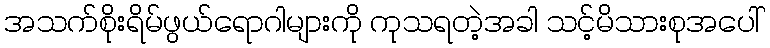
အသက်စိုးရိမ်ဖွယ်ရောဂါများကို ကုသရတဲ့အခါ သင့်မိသားစုအပေါ်